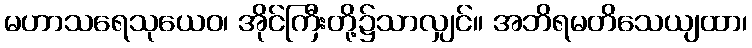
မဟာသရေသုယေဝ၊ အိုင်ကြီးတို့၌သာလျှင်။ အဘိရမတိသေယျထာ၊